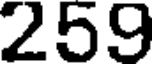
259